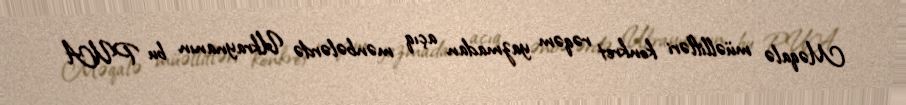
Məqalə müəllifləri konkret rəqəm yazmadan açıq mənbələrdə Ukraynanın bu PUA